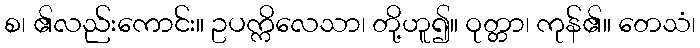
စ၊ ၏လည်းကောင်း။ ဥပက္ကိလေသာ၊ တို့ဟူ၍။ ဝုတ္တာ၊ ကုန်၏။ တေသံ၊